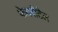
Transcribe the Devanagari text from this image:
फेयरीटेल